Report of an investigation of the epidemic of malarial fever in Assam, or, kala-azar
Disease focus: Malaria
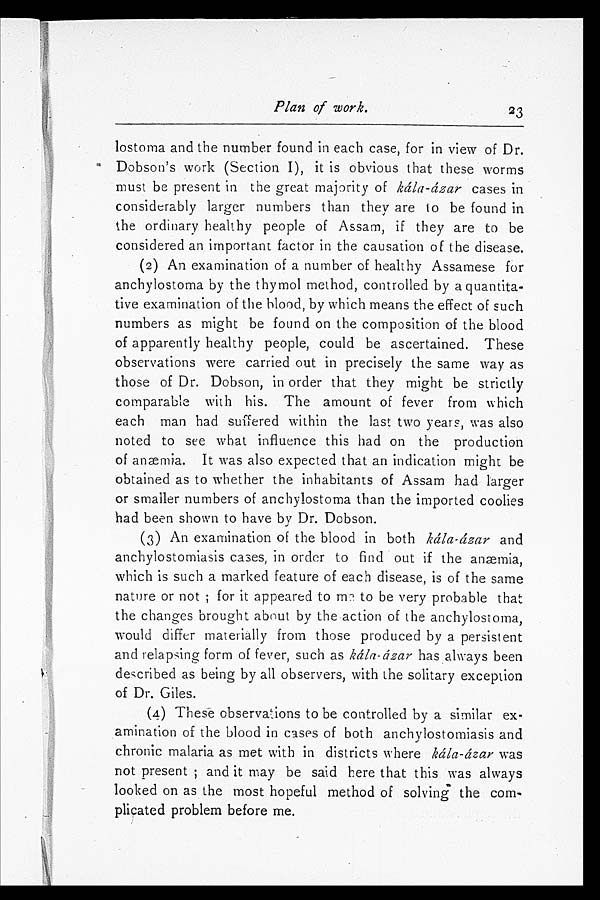
Plan of work.
lostoma and the number found in each case, for in view of Dr.
Dobson's work (Section I), it is obvious that these worms
must be present in the great majority of kála-ázar cases in
considerably larger numbers than they are to be found in
the ordinary healthy people of Assam, if they are to be
considered an important factor in the causation of the disease.
(2) An examination of a number of healthy Assamese for
anchylostoma by the thymol method, controlled by a quantita-
tive examination of the blood, by which means the effect of such
numbers as might be found on the composition of the blood
of apparently healthy people, could be ascertained. These
observations were carried out in precisely the same way as
those of Dr. Dobson, in order that they might be strictly
comparable with his. The amount of fever from which
each man had suffered within the last two years, was also
noted to see what influence this had on the production
of anæmia. It was also expected that an indication might be
obtained as to whether the inhabitants of Assam had larger
or smaller numbers of anchylostoma than the imported coolies
had been shown to have by Dr. Dobson.
(3) An examination of the blood in both kála-ázar and
anchylostomiasis cases, in order to find out if the anæmia,
which is such a marked feature of each disease, is of the same
nature or not ; for it appeared to to be very probable that
the changes brought about by the action of the anchylostoma,
would differ materially from those produced by a persistent
and relapsing form of fever, such as kála-ázar has always been
described as being by all observers, with the solitary exception
of Dr. Giles.
(4) These observations to be controlled by a similar ex-
amination of the blood in cases of both anchylostomiasis and
chronic malaria as met with in districts where kála-ázar was
not present ; and it may be said here that this was always
looked on as the most hopeful method of solving the com-
plicated problem before me.
23